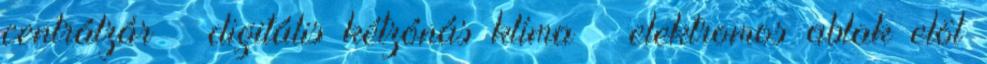
centrálzár – digitális kétzónás klíma – elektromos ablak elöl